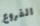
الفروع